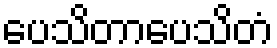
ပေသိတာပေသိတံ